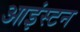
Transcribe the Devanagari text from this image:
आइंस्टन